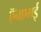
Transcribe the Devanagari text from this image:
ऍनएमई